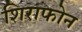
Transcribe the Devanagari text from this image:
शिराफोन